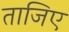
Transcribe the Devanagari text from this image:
ताजिए